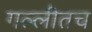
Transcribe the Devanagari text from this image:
गल्लीतच